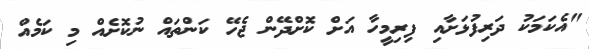
"އެކަމަކު ދަރިފުޅަށާއި ފިރިމީހާ އަށް ކޮށްދޭން ޖެހޭ ކަންތައް ނުކޮށެއް މި ކަމެއް